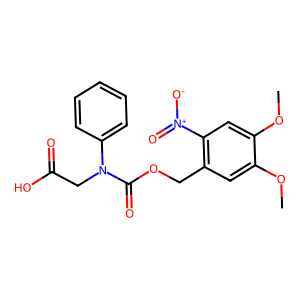
SMILES: COc1cc(COC(=O)N(CC(=O)O)c2ccccc2)c([N+](=O)[O-])cc1OC
Inhibits HIV replication: No